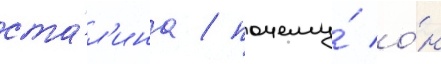
ста́л'ина / почему́ о́н